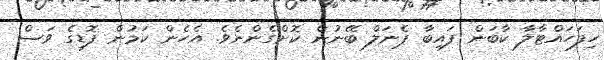
ހިފަހައްޓާލާ ކާބަން ފައިބާ ޕެނަލް ބޭނުން ކޮށްގެންނެވެ. އެހެން ކަމުން ފޮޑިގެ ވަސް